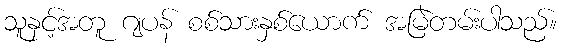
သူနှင့်အတူ ဂျပန် စစ်သားနှစ်ယောက် အမြဲတမ်းပါသည်။